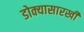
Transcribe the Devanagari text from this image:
डोक्यासारखी